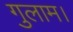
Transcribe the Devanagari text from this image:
गुलाम।